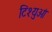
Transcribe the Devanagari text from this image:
टिश्युओं